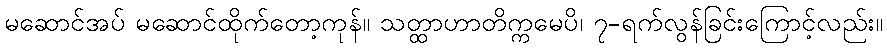
မဆောင်အပ် မဆောင်ထိုက်တော့ကုန်။ သတ္ထာဟာတိက္ကမေပိ၊ ၇-ရက်လွန်ခြင်းကြောင့်လည်း။